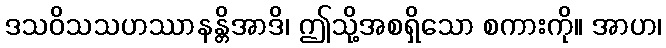
ဒသဝိသသဟဿာနန္တိအာဒိ၊ ဤသို့အစရှိသော စကားကို။ အာဟ၊